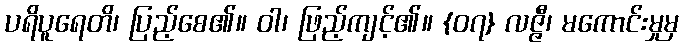
ပရိပူရေတိ၊ ပြည့်စေ၏။ ဝါ၊ ဖြည့်ကျင့်၏။ {၀၇} လဇ္ဇီ၊ မကောင်းမှုမှ